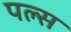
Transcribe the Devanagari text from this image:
पल्‍स